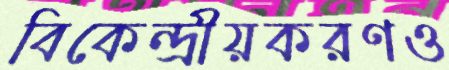
বিকেন্দ্রীয়করণও